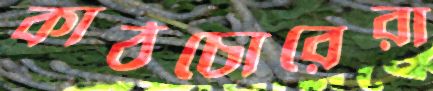
কাঠচোরেরা